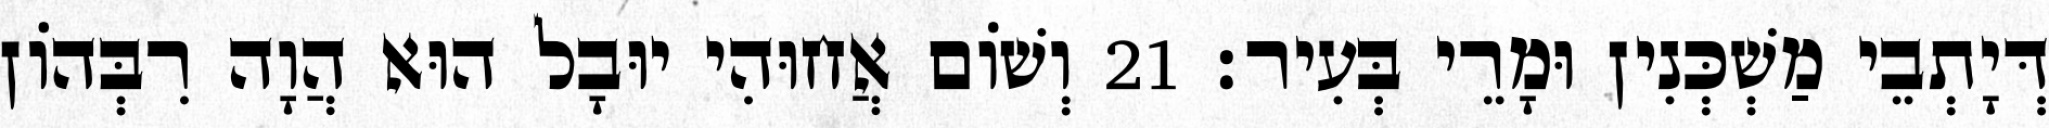
דְּיָתְבֵי מַשְׁכְּנִין וּמָרֵי בְּעִיר׃ 21 וְשׁוֹם אֲחוּהִי יוּבָל הוּא הֲוָה רִבְּהוֹן